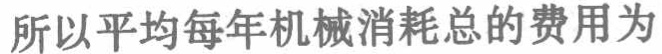
所以平均每年机械消耗总的费用为